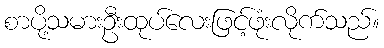
စာပို့သမားဦးထုပ်လေးဖြင့်ဖုံးလိုက်သည်။